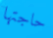
حاجتها